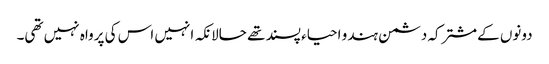
دونوں کےمشترکہ دشمن ہندو احیاء پسند تھے حالانکہ انہیں اس کی پرواہ نہیں تھی۔